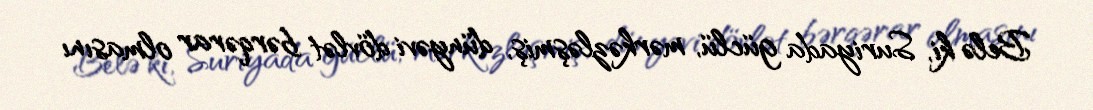
Belə ki, Suriyada güclü, mərkəzləşmiş, dünyəvi dövlət bərqərar olmasını